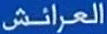
العرائش